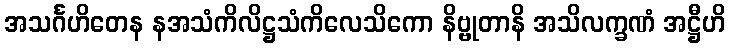
အသင်္ဂဟိတေန နအသံကိလိဋ္ဌသံကိလေသိကော နိဗ္ဗုတာနိ အသိလက္ခဏံ အဋ္ဌီဟိ